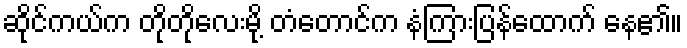
ဆိုင်ကယ်က တိုတိုလေးမို့ တံတောင်က နံကြားပြန်ထောက် နေ၏။